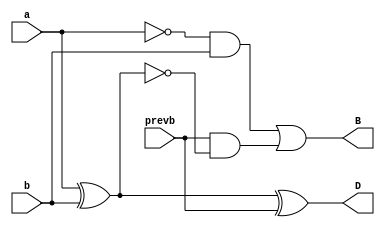
`timescale 1ns / 1ps
//////////////////////////////////////////////////////////////////////////////////
// Company: 
// Engineer: 
// 
// Design Name: 
// Module Name: fullsub
// Project Name: 
// Target Devices: 
// Tool Versions: 
// Description: 
// 
// Dependencies: 
// 
// Revision:
// Revision 0.01 - File Created
// Additional Comments:
// 
//////////////////////////////////////////////////////////////////////////////////


module fullsub(
    input a,b,prevb,
    output B,D
    );
assign B=~a&b|prevb&~(a^b);
assign D=a^b^prevb;
endmodule